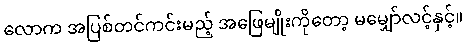
လောက အပြစ်တင်ကင်းမည့် အဖြေမျိုးကိုတော့ မမျှော်လင့်နှင့်။